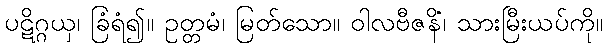
ပဋိဂ္ဂယှ၊ ခြံရံ၍။ ဥတ္တမံ၊ မြတ်သော။ ဝါလဗီဇနိံ၊ သားမြီးယပ်ကို။